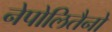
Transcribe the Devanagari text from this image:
नेपोलितैनो